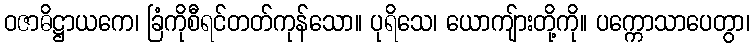
ဝဇာဓိဋ္ဌာယကေ၊ ခြံကိုစီရင်တတ်ကုန်သော။ ပုရိသေ၊ ယောကျ်ားတို့ကို။ ပက္ကောသာပေတွာ၊